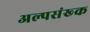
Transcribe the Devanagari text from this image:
अल्पसंख्क